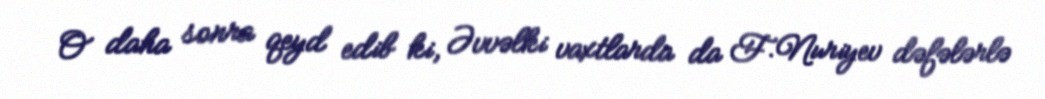
O daha sonra qeyd edib ki, Əvvəlki vaxtlarda da F.Nuriyev dəfələrlə